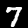
Digit: 7